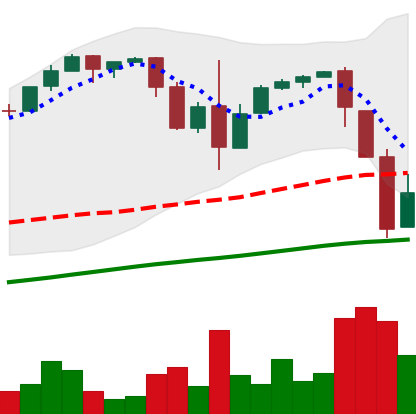
Ticker: BTC-USD
Chart end date: 2017-03-19
Forward return: -9.57%
Label: down_7plus